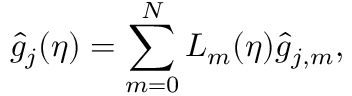
\hat { g } _ { j } ( \eta ) = \sum _ { m = 0 } ^ { N } L _ { m } ( \eta ) \hat { g } _ { j , m } ,